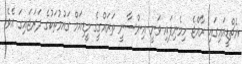
އެޗްޑީއައިގައި ރާއްޖެ ހިމެނިފައި ވަނީ އިންސާނީ ތަރައްގީގެ މީޑިއަމް ގައުމުތަކުގެ ދަރަޖައިގަ އެވެ.